Memorandum on the prevention of leprosy by segregation of the affected
Disease focus: Leprosy
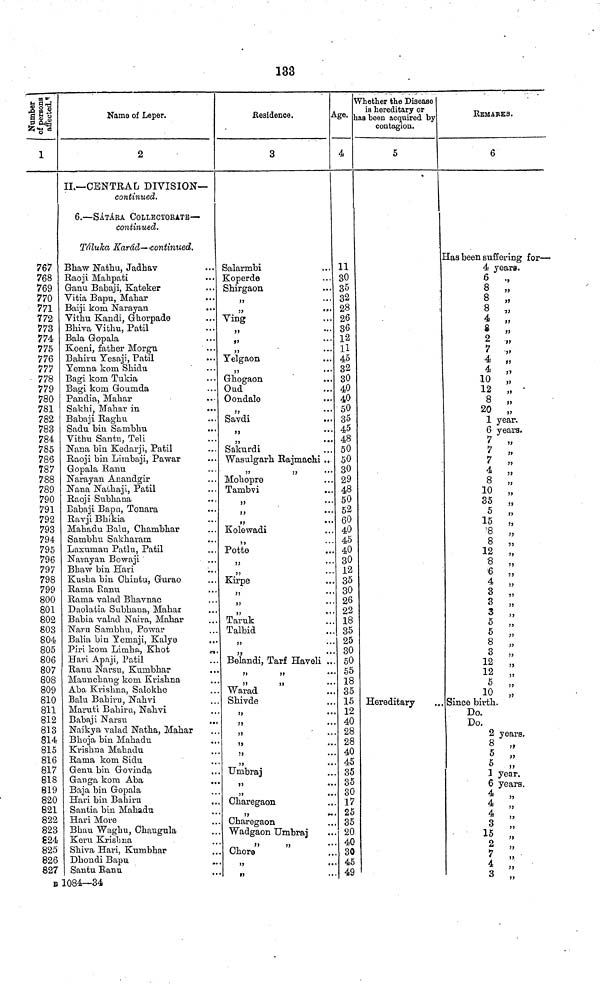
133
Number of persons affected.
i
767
768
769
770
771
772
773
774
775
776
777
778
779
780
781
782
783
784
785
786
787
788
789
790
791
792
793
794
795
796
797
798
799
800
801
802
803
804
805
806
807
808
809
810
811
812
813
814
815
816
817
818
819
820
821
822
823
824
825
826
827
B
Name of Leper.
2
IL—CENTRAL DIVISION—
continued.
6.—SÁTÁRA COLLECTORATE—
continued.
Táluka Karád—continued.
Bhaw Nathu, Jadhav
Raoji Mahpati
Ganu Babaji, Kateker
Vitia Bapu, Mahar
...
Baiji kom Narayan
Vitku Kandi, Ghorpade
Bhiva Vithu, Patil
Bala Gopala
Koeni, father Morgu
Bahiru Yesaji, Patil
Yemna kom Shidu
Bagi kom Tukia
Bagi kom Goumda
Pandia, Mahar
Sakhi, Mahar in
Babaji Raghu
Sadu bin Sambhu
Vithu Santu, Teli
Nana bin Kedarji, Patil
Raoji bin Limbaji, Pawar
Gopala Ranu
Narayan Anandgir
Nana Nathaji, Patil
Raoji Subhana
Babaji Bapu, Tonara
Ravji Bhikia
Mahadu Balu, Chambhar
Sambhu Sakharam
Laxuman Patlu, Patil
Narayan Bowaji
Bhaw bin Hari
Kusha bin Chintu, Gurao
Rama Ranu
Rama valad Bhavnac
Daolatia Subhana, Mahar
Babia valad Naira, Mahar
Naru Sambhu, Powar
Balia bin Yemaji, Kalye
Piri kom Limha, Khot
Hari Apaji, Patil
Ranu Narsu, Kumbhar
Maunchaug kom Krishna
Aba Krishna, Salokhe
Balu Bahiru, Nahvi
Maruti Bahiru, Nahvi
Babaji Narsu
Naikya valad Natha, Mahar
Bhoja bin Mahadu
Krishna Mahadu
Rama kom Sidu
Genu bin Govinda
Ganga kom Aba
Baja bin Gopala
Hari bin Bahiru
Santia bin Mahadu
Hari More
Bhau Waghu, Chaugula
Keru Krishna
Shiva Hari, Kumbhar
Dhondi Bapu
Santu Ranu
1084—34
Residence.
3
Salarmbi
Koperde
Shirgaon
,,
Ving
55
,,
Yelgaon
Ghogaon
Oud
Oondale
Savdi
55
* •
Sakurdi
Wasulgarh Rajmachi ..
Mohopre
Tambvi
55
••
Kolewadi
,,
Potte
,,
Kirpe
,,
• •
,,
Taruk
Talbid
,,
• •
,,
* •
Belandi, Tarf Haveli ..
Warad
Shivde
,,
,,
,,
,,
,,
•
Umbraj
,,
Charegaon
Charegaon
Wadgaon Umbraj
Chore
55
•
»5
Age.
4
11
30
35
32
28
26
36
12
11
45
32
30
40
40
50
35
45
48
50
50
30
29
48
50
52
60
40
45
40
30
12
35
30
26
22
18
35
25
. 30
. 50
. 55
. 18
. 35
. 15
. 12
. 40
. 28
. 28
. 40
. 45
. 35
. 35
. 30
. 17
. 25
. 35
.. 20
. 40
.. 30
.. 45
.. 49
Whether the Disease
is hereditary or
has been acquired by
contagion.
5
Hereditary
REMARKS.
6
Has been suffering for—
4 years.
6
.,
8 „
8 „
8 „
4 „
8
,,
2 „
7 „
4 „
4 „
10 „
12 „
8 „
20 „
1 year.
6 years.
7
„
7
,,
7
,,
4 „
8 „
10 „
35 „
5
,,
15 „
8 „
8
12 „
8 „
6 „
4 „
3
3
3 ,,
3 „
5 5 ,,
5
8 „
7?
3
12
12
5
10
Since birth.
Do.
Do.
2 years.
8
5
5
1 years.
6
years.
4
4
4 ,,
8 ,,
15
,,
2 ,,
7 ,,
4 ,,
3